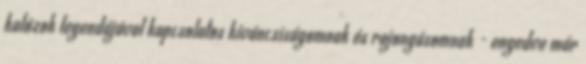
kalózok legendájával kapcsolatos kíváncsiságomnak és rajongásomnak - engedve már